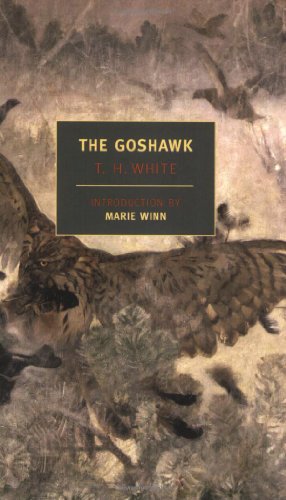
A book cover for The Goshawk (New York Review Books Classics); T.H. White; Science & Math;